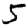
Digit: 5